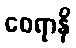
ဝေရာနိ